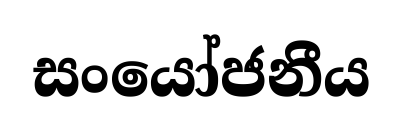
සංයෝජනීය